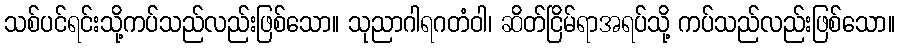
သစ်ပင်ရင်းသို့ကပ်သည်လည်းဖြစ်သော။ သုညာဂါရဂတံဝါ၊ ဆိတ်ငြိမ်ရာအရပ်သို့ ကပ်သည်လည်းဖြစ်သော။